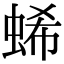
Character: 䖷